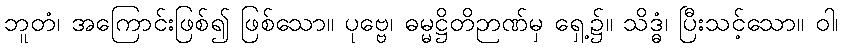
ဘူတံ၊ အကြောင်းဖြစ်၍ ဖြစ်သော။ ပုဗ္ဗေ၊ ဓမ္မဋ္ဌိတိဉာဏ်မှ ရှေ့၌။ သိဒ္ဓံ၊ ပြီးသင့်သော။ ဝါ၊